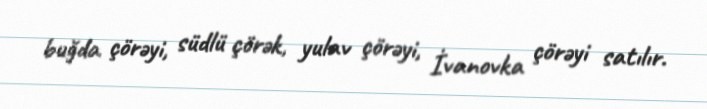
buğda çörəyi, südlü çörək, yulav çörəyi, İvanovka çörəyi satılır.